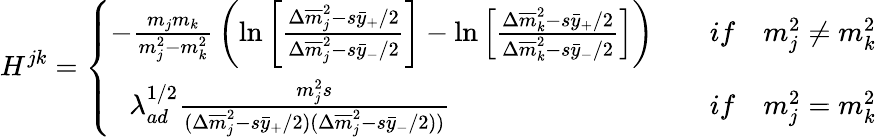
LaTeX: H^{jk}=\left\{ \begin{array}{ll}{{-{\frac{m_{j}m_{k}}{m_{j}^{2}-m_{k}^{2}}}\left(\ln\left[{\frac{\Delta{\overline{{m}}}_{j}^{2}-s\bar{y}_{+}/2}{\Delta{\overline{{m}}}_{j}^{2}-s\bar{y}_{-}/2}}\right]-\ln\left[{\frac{\Delta{\overline{{m}}}_{k}^{2}-s\bar{y}_{+}/2}{\Delta{\overline{{m}}}_{k}^{2}-s\bar{y}_{-}/2}}\right]\right)}}&{{\quad if\quad m_{j}^{2}\ne m_{k}^{2}}}\\ {{\, \, \, \, \lambda_{ad}^{1/2}{\frac{m_{j}^{2}s}{(\Delta{\overline{{m}}}_{j}^{2}-s\bar{y}_{+}/2)(\Delta{\overline{{m}}}_{j}^{2}-s\bar{y}_{-}/2))}}}}&{{\quad if\quad m_{j}^{2}=m_{k}^{2}}}\end{array}\right.